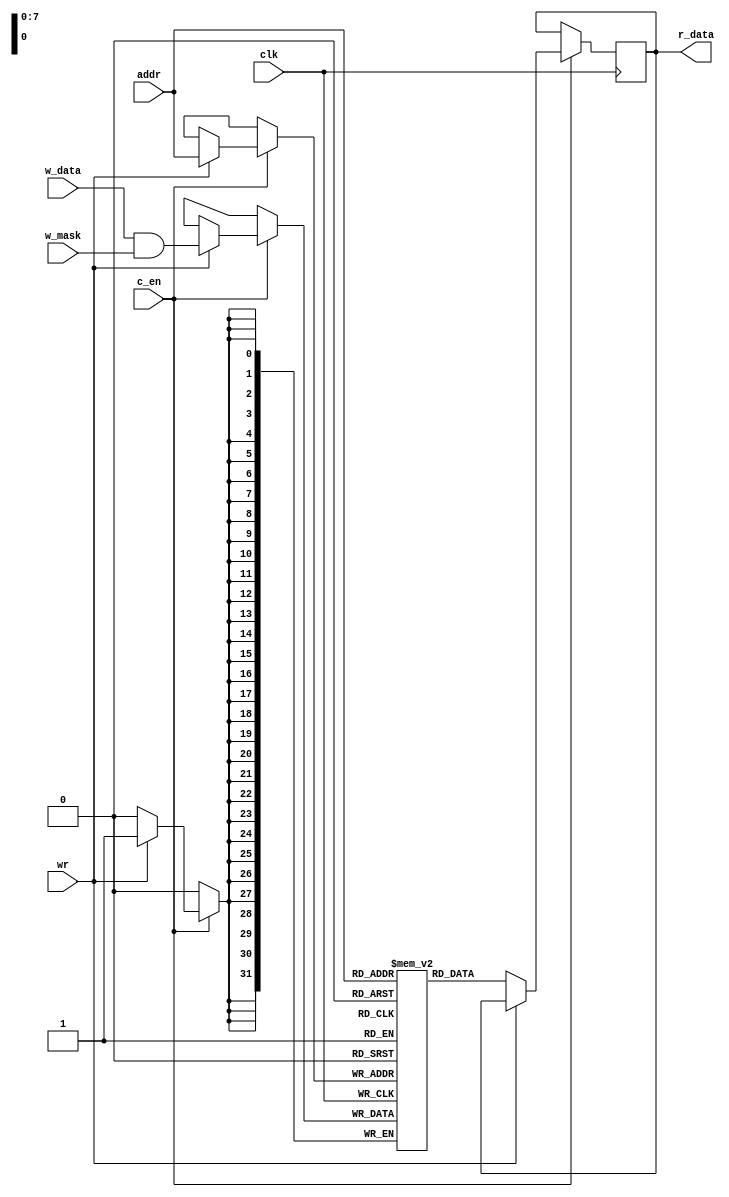
module mem(addr,w_data,c_en,clk,wr,r_data,w_mask);
    input wire [7:0] addr;
    input wire [31:0] w_data;
    input wire c_en;
    input wire wr;
    input wire clk;
    output reg [31:0] r_data;
    input wire [31:0] w_mask;


    reg [31:0] mem [255:0];  

    always @(posedge clk) begin
        if (c_en) begin
          
            if (wr) begin
                mem[addr] <= w_data & w_mask;  
            end 
            else begin
                r_data <= mem[addr];  
            end
        end 
        
    end

endmodule